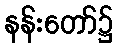
နန်းတော်၌